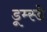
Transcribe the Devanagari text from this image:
डूम्स्डे